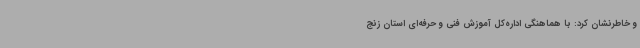
و خاطرنشان کرد: با هماهنگی اداره‌کل آموزش فنی و حرفه‌ای استان زنج